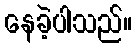
နေခဲ့ပါသည်။